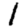
Digit: 1